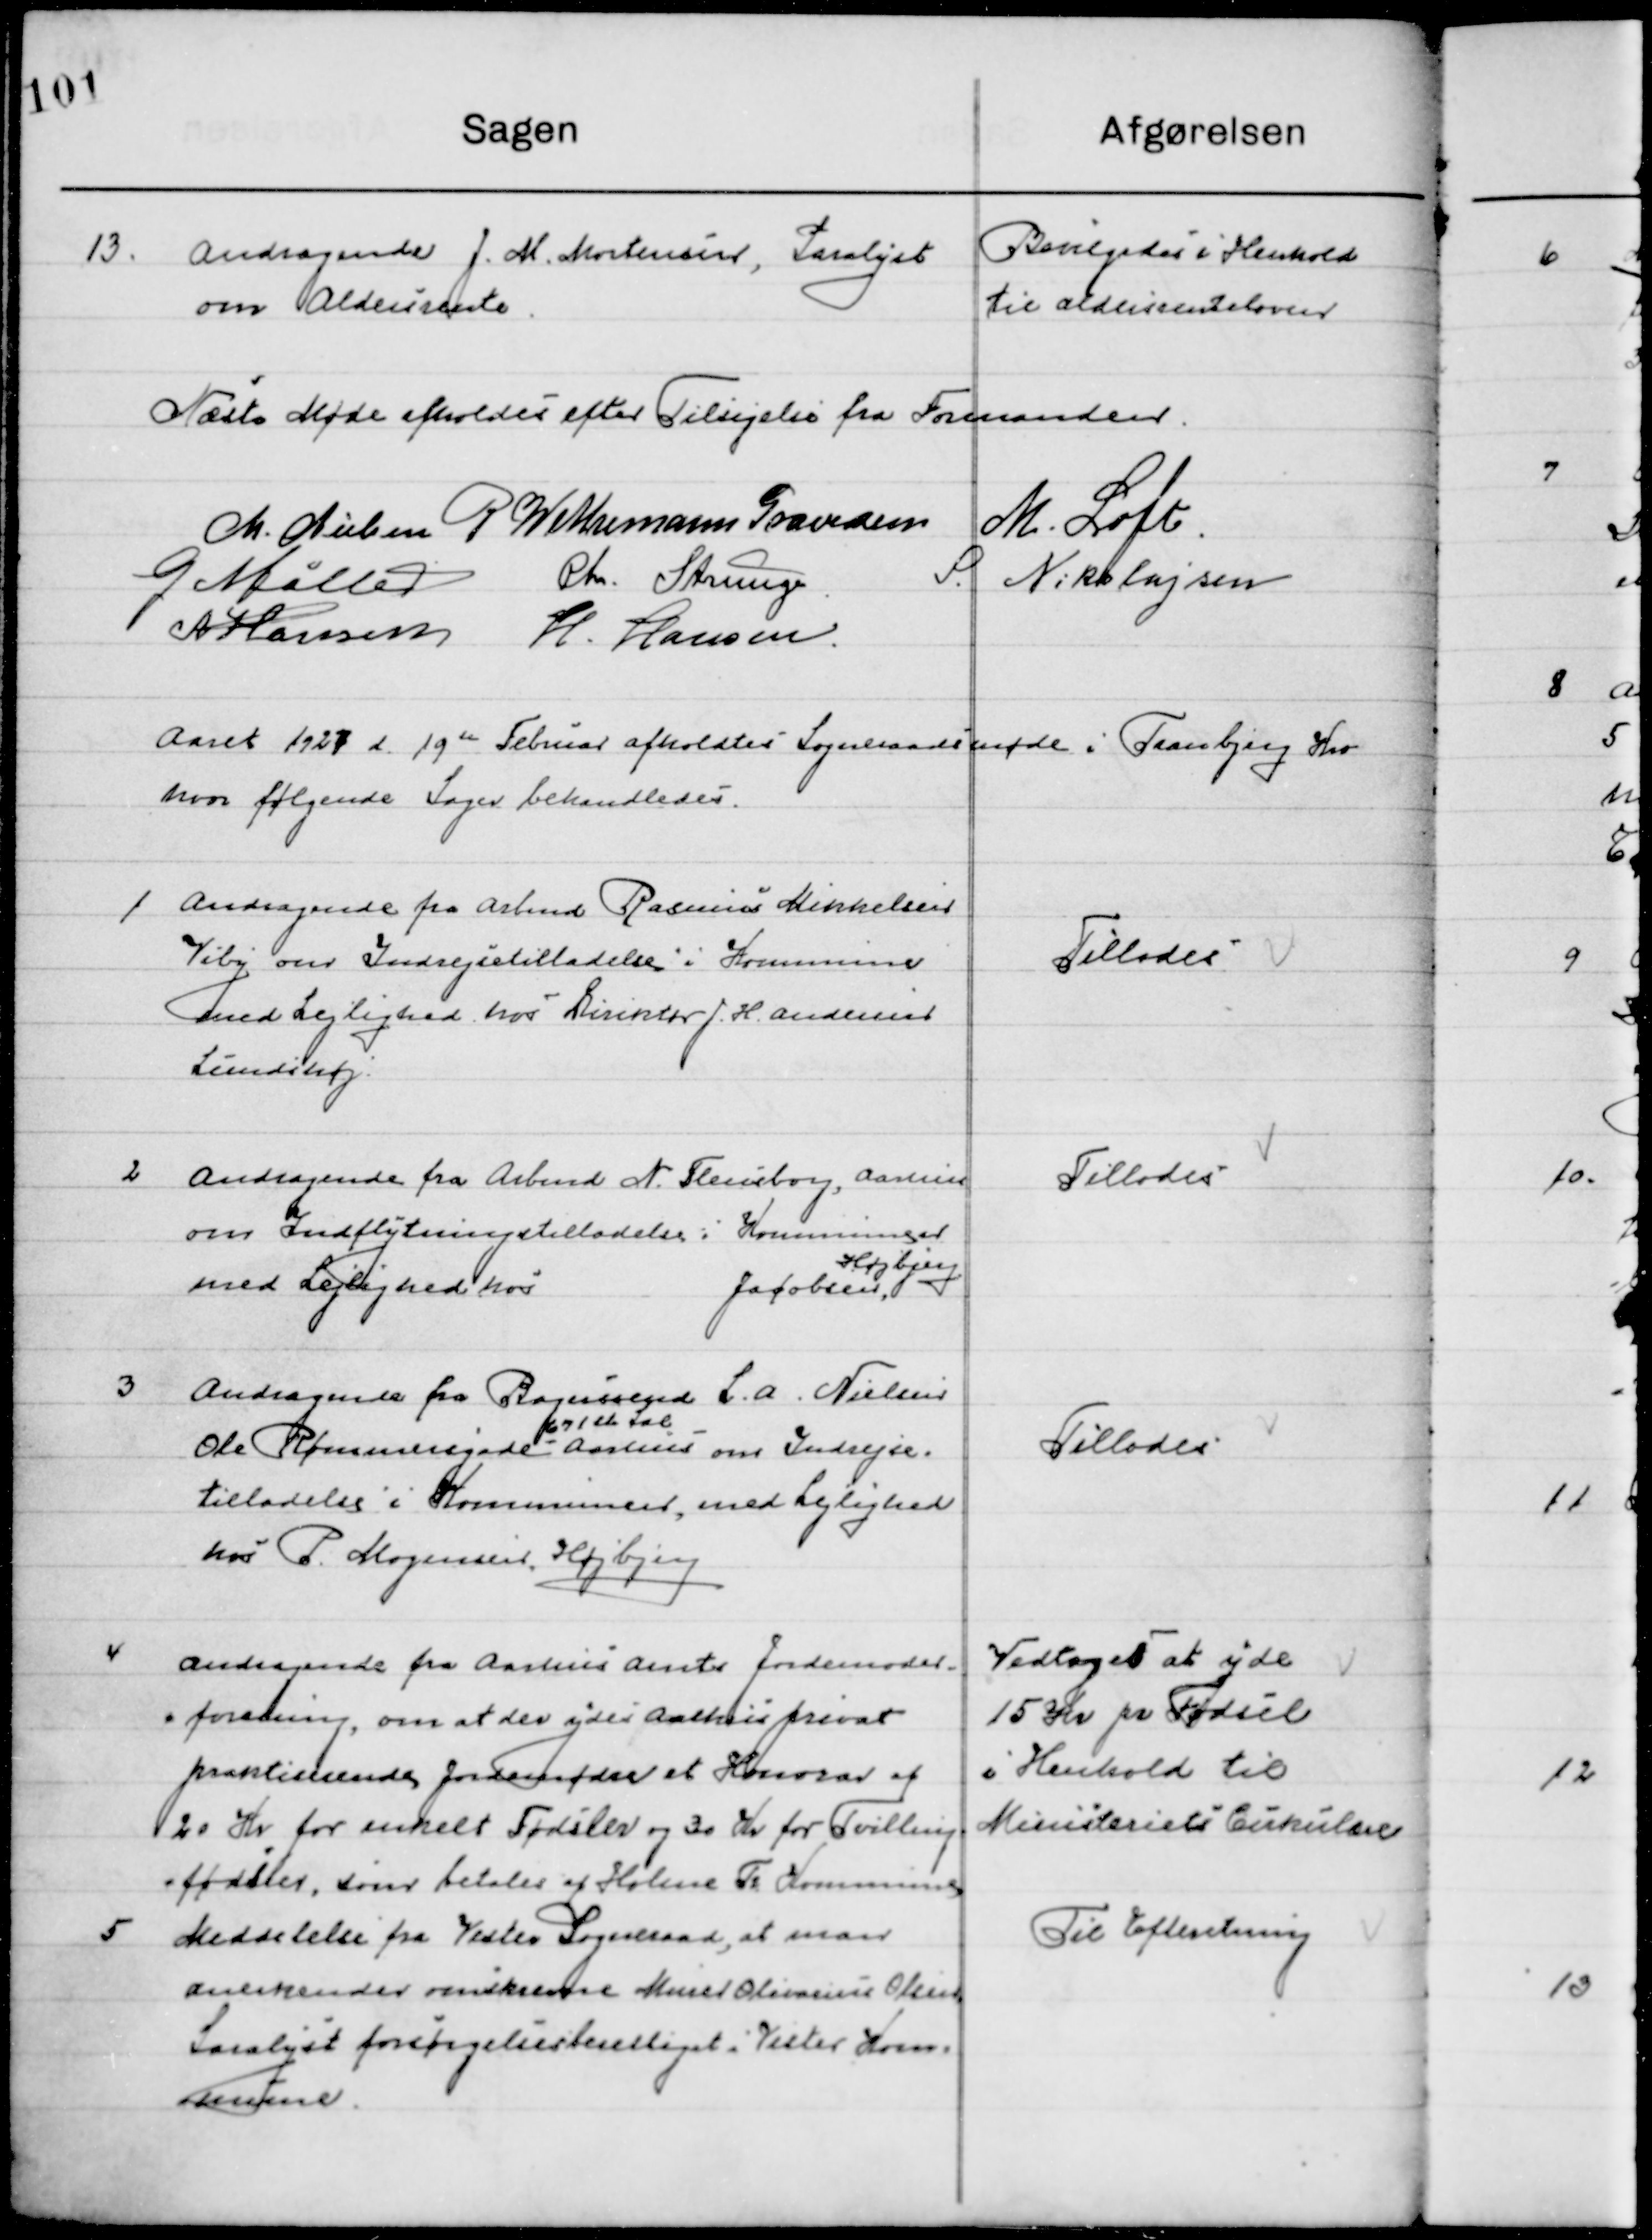
Transskription:
13

Andragende fra J. M. Mortensen, Saralyst
om Aldersrente.

Bevilgedes i Henhold
til Aldersrenteloven

Næste Møde efter Tilsigelse af Formanden

M. Nielsen
P. Wethemann Graversen
M. Loft
G. Møller
Chr. Strunge
S. Nikolajsen
N. Hansen
H. Hansen.

Aaret 1927 d. 19de  Februar afholdtes Sogneraadsmøde i Tranbjerg Kro 
hvor følgende Sager behandledes.

1

Andragende fra Arbmd. Rasmus Mikkelsen 
Viby om Indrejsetilladelse i Kommunen
med Lejlighed hos Direktør J. H. Andersen
Lundshøj.

Tillodes

2

Andragende fra Arbmd. N. Flensborg, Aarhus
om Indrejsetilladelse i Kommunen
med Lejlighed hos 
Jacobsen, 	
Højbjerg

Tillodes

3

Andragende fra Bagersvend L. A. Nielsen
Ole Rømersgade 
67 1ste Sal   
Aarhus om Indrejse-
tilladelse i Kommunen med Lejlighed	
hos P. Mogensen, Højbjerg

Tillodes

4

Andragende fra Aarhus Amts Jordmoder-
forening, om at der ydes Aarhus privat  
 praktiserende Jordemoder et Honorar af 
20 Kr. for enkelt Fødsler og 30 Kr. for Tvillinger 
fødsler, som betales af Holme Tr. Kommune.

Vedtoges at yde
15 Kr. pr. Fødsel
I Henhold til 
Ministeriets Cirkulære

5

Meddelelse fra Vester Sogneraad, at man 
Anerkender overenskomst Murer Olivarius Olsen
Saralyst forsørgelsesberettiget i Vester Kom-
mune.

Til Efterretning